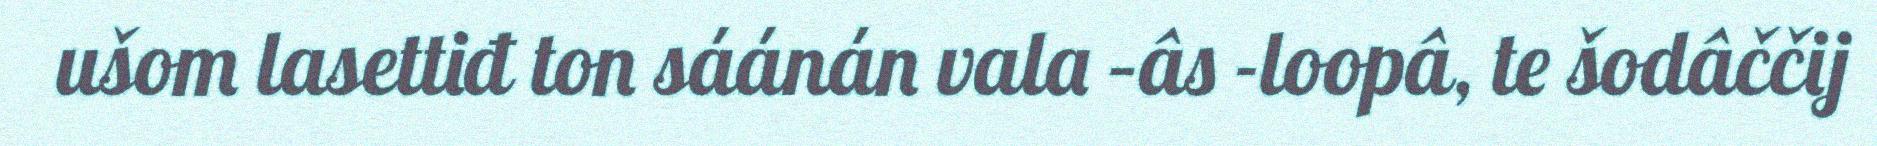
ušom lasettiđ ton sáánán vala –âs -loopâ, te šodâččij